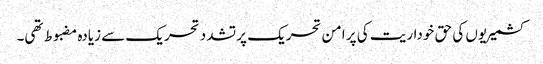
کشمیریوں کی حق خوداریت کی پر امن تحریک پر تشدد تحریک سے زیادہ مضبوط تھی۔